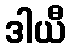
ဒါယီ